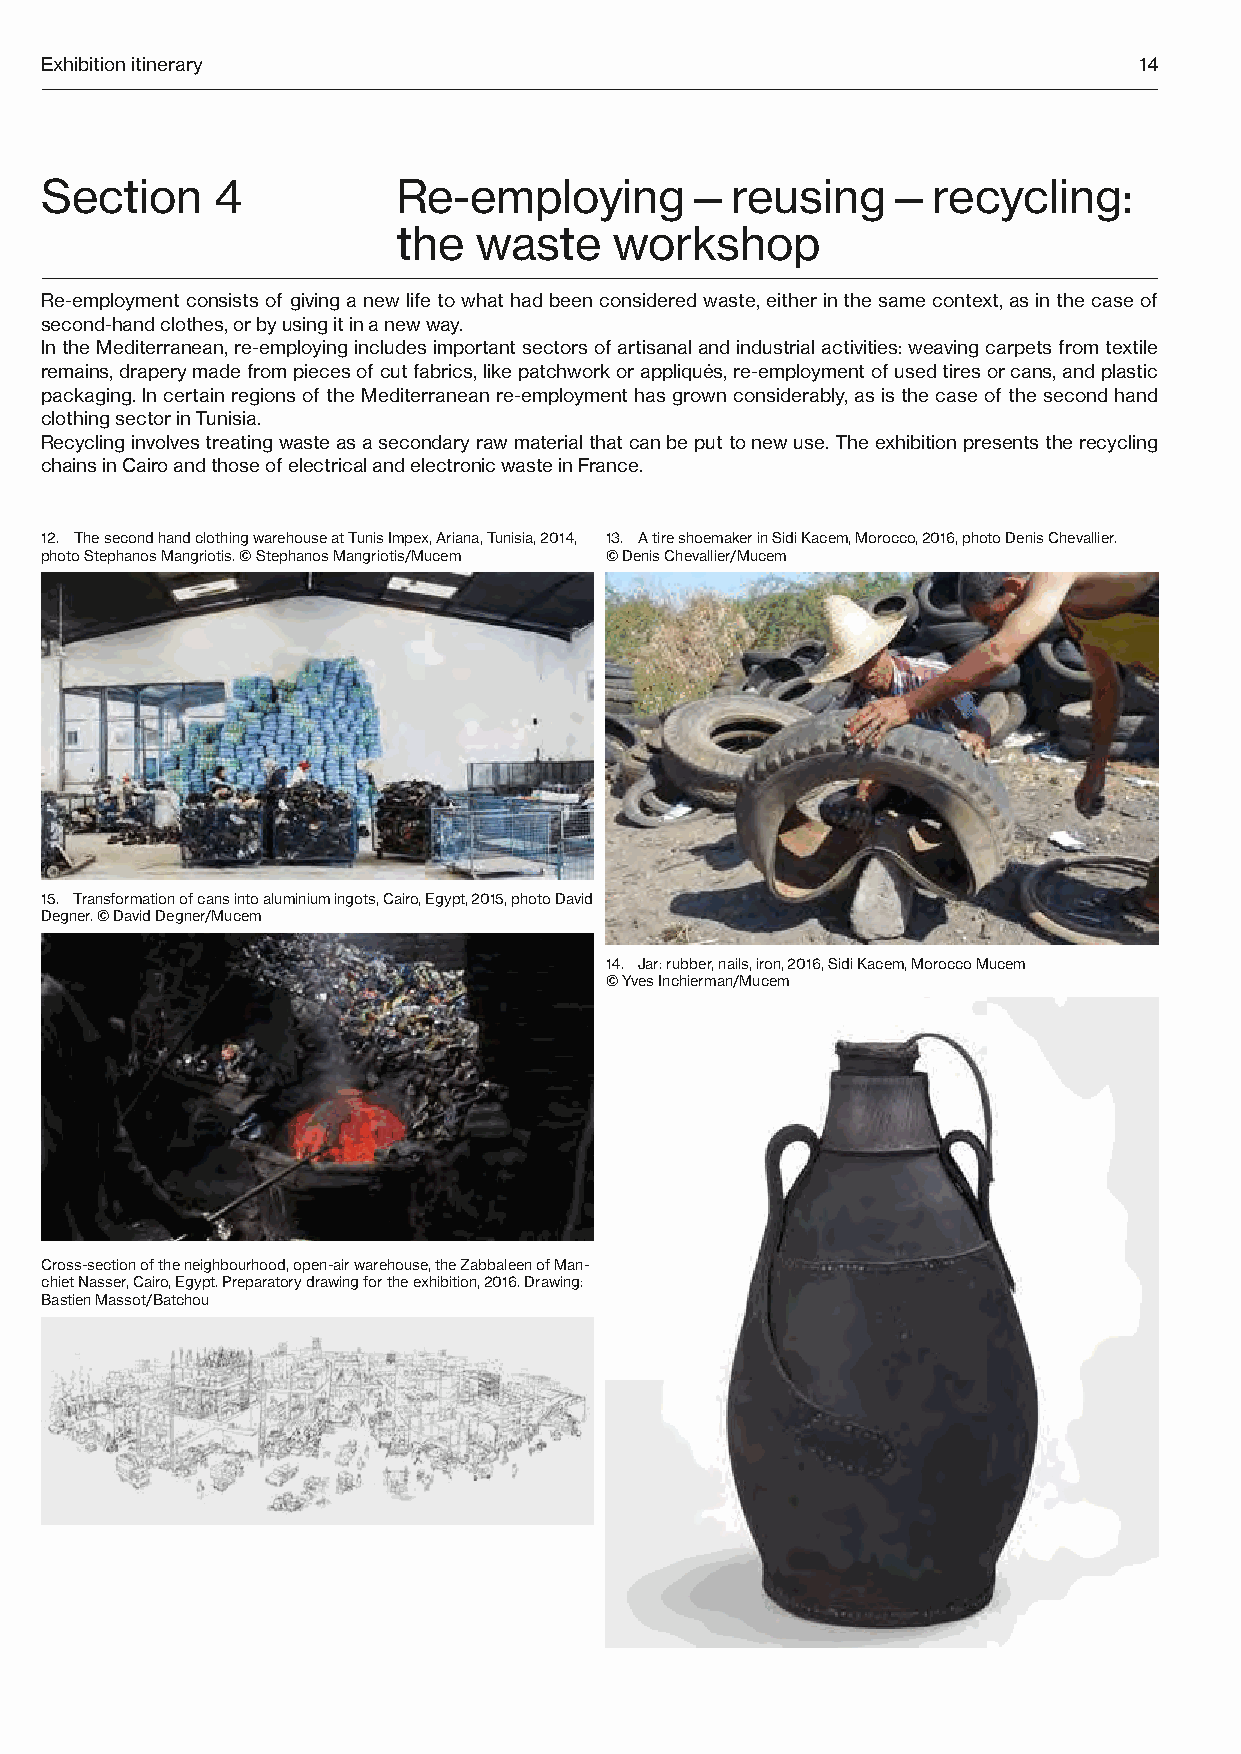
Exhibition itinerary                                                    14
 Section    4           R e-employing—reusing—recycling:
 the  waste     workshop
 Re-employment consists of giving a new life to what had been considered waste, either in the same context, as in the case of
 second-hand clothes, or by using it in a new way.
 In the Mediterranean, re-employing includes important sectors of artisanal and industrial activities: weaving carpets from textile
 remains, drapery made from pieces of cut fabrics, like patchwork or appliqués, re-employment of used tires or cans, and plastic
 packaging. In certain regions of the Mediterranean re-employment has grown considerably, as is the case of the second hand
 clothing sector in Tunisia.
 Recycling involves treating waste as a secondary raw material that can be put to new use. The exhibition presents the recycling
 chains in Cairo and those of electrical and electronic waste in France.
 12. The second hand clothing warehouse at Tunis Impex, Ariana, Tunisia, 2014, 13. A tire shoemaker in Sidi Kacem, Morocco, 2016, photo Denis Chevallier.
 photo Stephanos Mangriotis. © Stephanos Mangriotis/Mucem © Denis Chevallier/Mucem
 15. Transformation of cans into aluminium ingots, Cairo, Egypt, 2015, photo David
 Degner. © David Degner/Mucem
 14. Jar: rubber, nails, iron, 2016, Sidi Kacem, Morocco Mucem
 © Yves Inchierman/Mucem
 Cross-section of the neighbourhood, open-air warehouse, the Zabbaleen of Man-
 chiet Nasser, Cairo, Egypt. Preparatory drawing for the exhibition, 2016. Drawing:
 Bastien Massot/Batchou